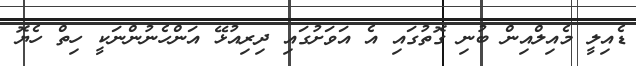
ޑެއިލީ މެއިލްއިން ބުނި ގޮތުގައި އެ އަވަށުގައި ދިރިއުޅޭ އަންހެނުންނަކީ ހިތް ހެޔޮ